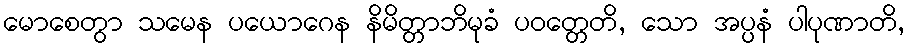
မောစေတွာ သမေန ပယောဂေန နိမိတ္တာဘိမုခံ ပဝတ္တေတိ, သော အပ္ပနံ ပါပုဏာတိ,